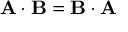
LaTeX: \mathbf { A } \cdot \mathbf { B } = \mathbf { B } \cdot \mathbf { A }